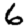
Digit: 6